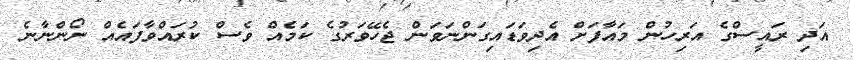
އަދި ރައީސްގެ އަރިހުން މައާފަށް އެދިވަޑައިގަންނަވަން ޖެހޭވަރުގެ ކަމެއް ވެސް ކުރައްވާފައެއް ނޯންނާނެ